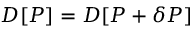
{ \cal D } [ P ] = { \cal D } [ P + \delta P ]